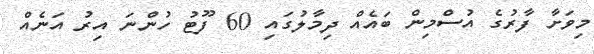
މިވަށާ ފާރުގެ އުސްމިން ބައެއް ދިމާލުގައި 60 ފޫޓު ހުންނަ އިރު އަނެއް